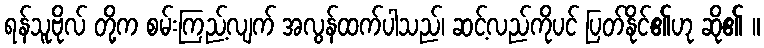
ရန်သူဗိုလ် တို့က စမ်းကြည့်လျက် အလွန်ထက်ပါသည်၊ ဆင့်လည်ကိုပင် ပြတ်နိုင်၏ဟု ဆို၏ ။